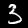
Label: 3